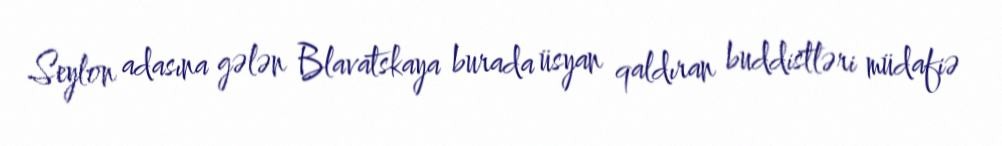
Seylon adasına gələn Blavatskaya burada üsyan qaldıran buddistləri müdafiə